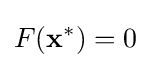
F(\mathbf {x} ^{*})=0